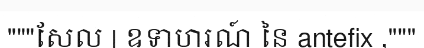
"""សែល | ឧទាហរណ៍ នៃ antefix ,"""